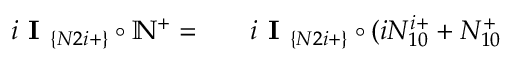
\begin{array} { r l r } { i \textbf { I } _ { \{ N 2 i + \} } \circ \mathbb { N } ^ { + } = } & { { } } & { i \textbf { I } _ { \{ N 2 i + \} } \circ ( i N _ { 1 0 } ^ { i + } + N _ { 1 0 } ^ { + } } \end{array}